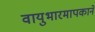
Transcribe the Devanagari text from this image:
वायुभारमापकाने